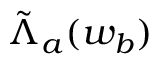
\tilde { \Lambda } _ { a } ( w _ { b } )